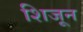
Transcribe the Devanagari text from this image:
शिजून